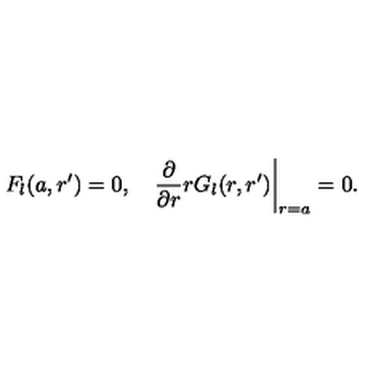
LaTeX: F _ { l } ( a , r ^ { \prime } ) = 0 , \quad { \frac { \partial } { \partial r } } r G _ { l } ( r , r ^ { \prime } ) \bigg | _ { r = a } = 0 .